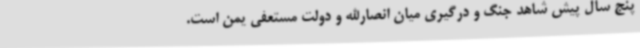
پنج سال پیش شاهد جنگ و درگیری میان انصارالله و دولت مستعفی یمن است.